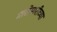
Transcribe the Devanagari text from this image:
मासेमारीच्या